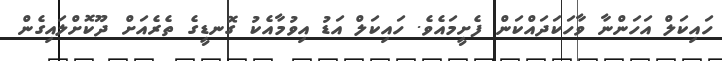
ހައިކަލް އަހަންނާ ވާހަކަދައްކަން ފެށީމައެވެ. ހައިކަލް އަޑު އިވުމާއެކު ގޮނޑީގެ ތެރެއަށް ދޫކޮށްލައިގެން